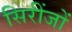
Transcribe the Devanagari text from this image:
सिरींजों